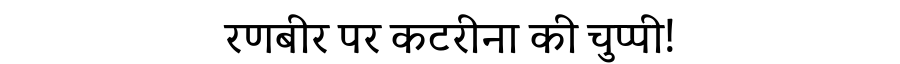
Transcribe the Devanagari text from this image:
रणबीर पर कटरीना की चुप्पी!